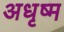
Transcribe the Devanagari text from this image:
अधृष्म